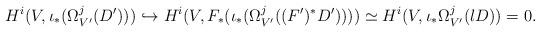
LaTeX: \begin{align*}H^i(V, \iota_* (\Omega^j_{V'}(D'))) \hookrightarrow H^i(V, F_* (\iota_*(\Omega^j_{V'}((F')^*D') ))) \simeq H^i(V, \iota_* \Omega^j_{V'}(lD))=0. \end{align*}